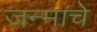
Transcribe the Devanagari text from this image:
जन्माचेे